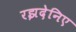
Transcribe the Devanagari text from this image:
रझदेनिए